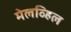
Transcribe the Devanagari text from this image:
मेलव्हिल